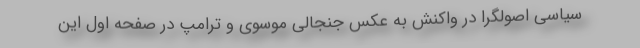
سیاسی اصولگرا در واکنش به عکس جنجالی موسوی و ترامپ در صفحه اول این